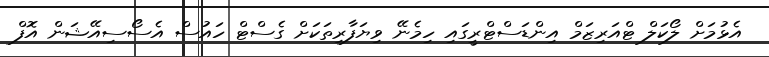
އެޅުމަށް ލޯކަލް ޓްއަރިޒަމް އިންޑަސްޓްރީގައި ހިމެނޭ ވިޔަފާރިތަކަށް ގެސްޓް ހައުސް އެސޯސިއޭޝަން އޮފް